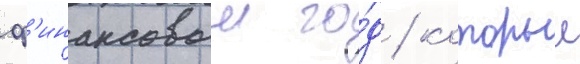
ф'инансовыи го́д / которыи